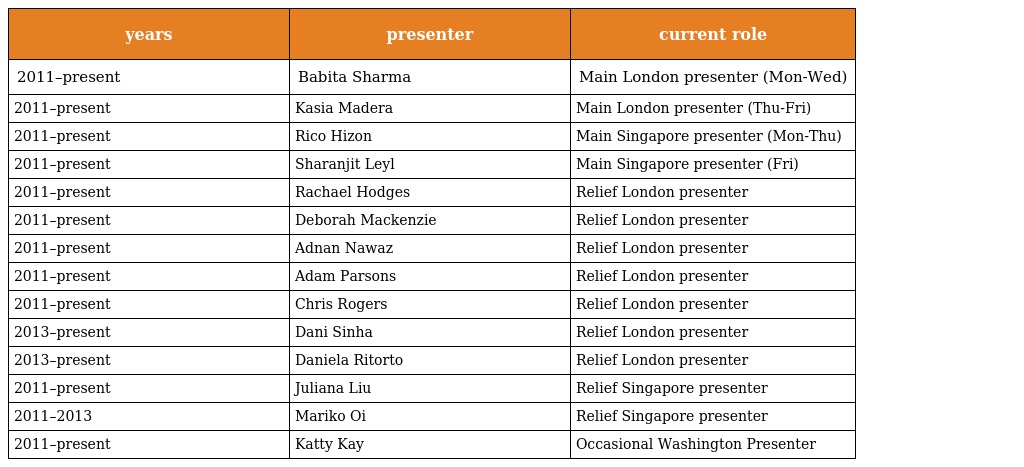
| years | presenter | current role |
 | --- | --- | --- |
 | 2011–present | Babita Sharma | Main London presenter (Mon-Wed) |
 | 2011–present | Kasia Madera | Main London presenter (Thu-Fri) |
 | 2011–present | Rico Hizon | Main Singapore presenter (Mon-Thu) |
 | 2011–present | Sharanjit Leyl | Main Singapore presenter (Fri) |
 | 2011–present | Rachael Hodges | Relief London presenter |
 | 2011–present | Deborah Mackenzie | Relief London presenter |
 | 2011–present | Adnan Nawaz | Relief London presenter |
 | 2011–present | Adam Parsons | Relief London presenter |
 | 2011–present | Chris Rogers | Relief London presenter |
 | 2013–present | Dani Sinha | Relief London presenter |
 | 2013–present | Daniela Ritorto | Relief London presenter |
 | 2011–present | Juliana Liu | Relief Singapore presenter |
 | 2011–2013 | Mariko Oi | Relief Singapore presenter |
 | 2011–present | Katty Kay | Occasional Washington Presenter |